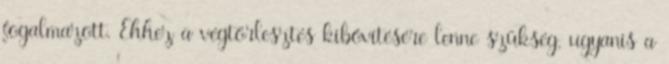
fogalmazott. Ehhez a végtörlesztés kibővítésére lenne szükség, ugyanis a